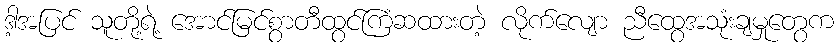
ဒါ့အပြင် သူတို့ရဲ့ အောင်မြင်စွာတီထွင်ကြံဆထားတဲ့ လိုက်လျော ညီထွေအသုံးချမှုတွေက